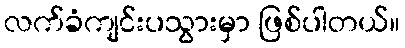
လက်ခံကျင်းပသွားမှာ ဖြစ်ပါတယ်။